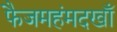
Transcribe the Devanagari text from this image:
फैजमहंमदखाँ